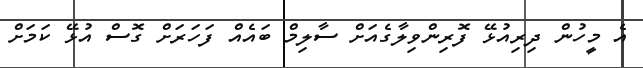
އެ މީހުން ދިރިއުޅޭ ފޮރިންވިލާގެއަށް ސާލިމް ބައެއް ފަހަރަށް ގޮސް އުޅޭ ކަމަށް